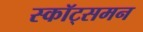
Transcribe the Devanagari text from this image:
स्कॉट्समन